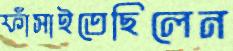
ফাঁসাইতেছিলেন